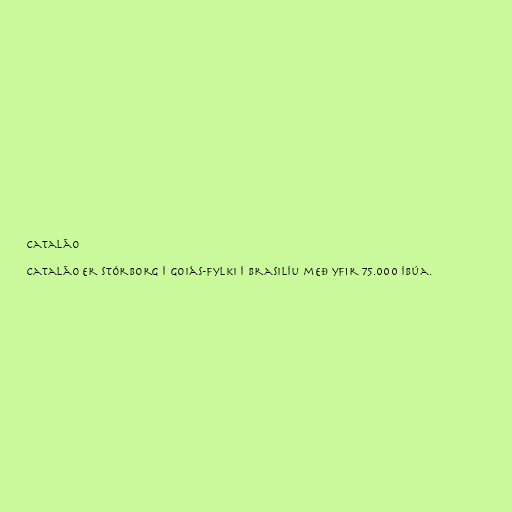
Catalão

Catalão er stórborg í Goiás-fylki í Brasilíu með yfir 75.000 íbúa.